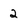
Character: 2